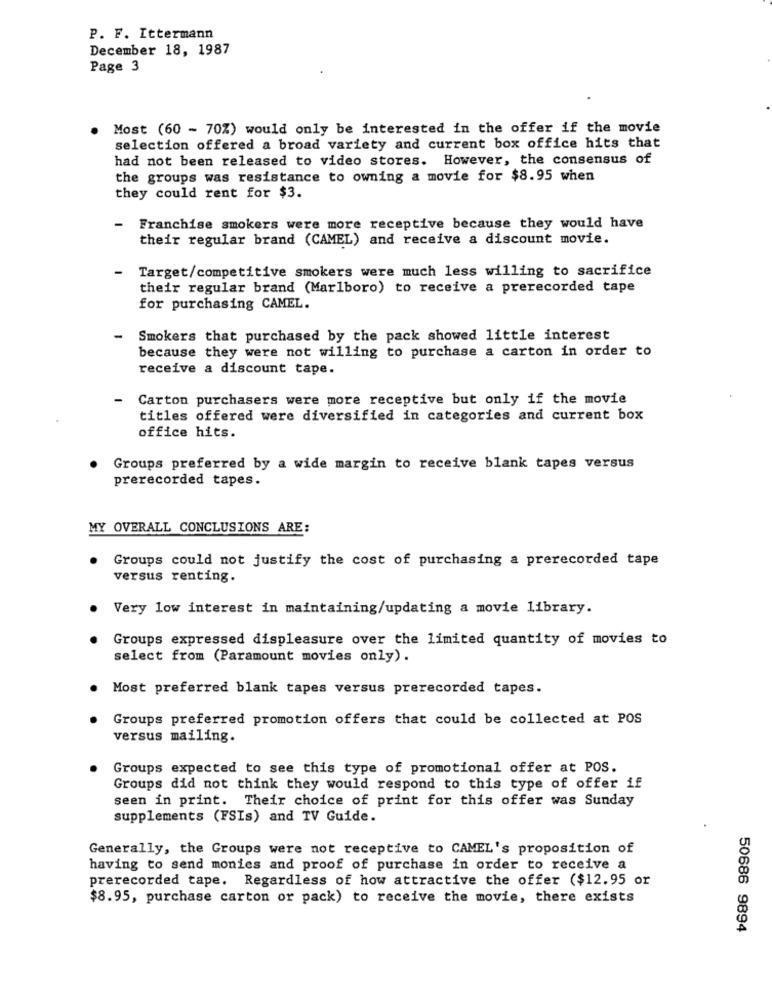
P. F. Ittermann
December 18, 1987
Page 3
Most (60 - 70%) would only be interested in the offer if the movie
selection offered a broad variety and current box office hits that
had not been released to video stores. However, the consensus of
the groups was resistance to owning a movie for $8.95 when
they could rent for $3.
-
Franchise smokers were more receptive because they would have
their regular brand (CAMEL) and receive a discount movie.
Target/competitive smokers were much less willing to sacrifice
their regular brand (Marlboro) to receive a prerecorded tape
for purchasing CAMEL.
Smokers that purchased by the pack showed little interest
because they were not willing to purchase a carton in order to
receive a discount tape.
Carton purchasers were more receptive but only if the movie
titles offered were diversified in categories and current box
office hits.
Groups preferred by a wide margin to receive blank tapes versus
prerecorded tapes.
MY OVERALL CONCLUSIONS ARE:
Groups could not justify the cost of purchasing a prerecorded tape
versus renting.
Very low interest in maintaining/updating a movie library.
Groups expressed displeasure over the limited quantity of movies to
select from (Paramount movies only).
Most preferred blank tapes versus prerecorded tapes.
Groups preferred promotion offers that could be collected at POS
versus mailing.
Groups expected to see this type of promotional offer at POS.
Groups did not think they would respond to this type of offer if
seen in print. Their choice of print for this offer was Sunday
supplements (FSIs) and TV Guide.
Generally, the Groups were not receptive to CAMEL's proposition of
having to send monies and proof of purchase in order to receive a
prerecorded tape. Regardless of how attractive the offer ($12.95 or
$8.95, purchase carton or pack) to receive the movie, there exists
50686 9894